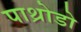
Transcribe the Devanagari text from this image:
पाथ्रोडो